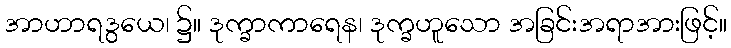
အာဟာရဒွယေ၊ ၌။ ဒုက္ခာကာရေန၊ ဒုက္ခဟူသော အခြင်းအရာအားဖြင့်။